Annual report of the Punjab Veterinary College and of the Civil Veterinary Department, Punjab - 1909-1919
Year: 1909
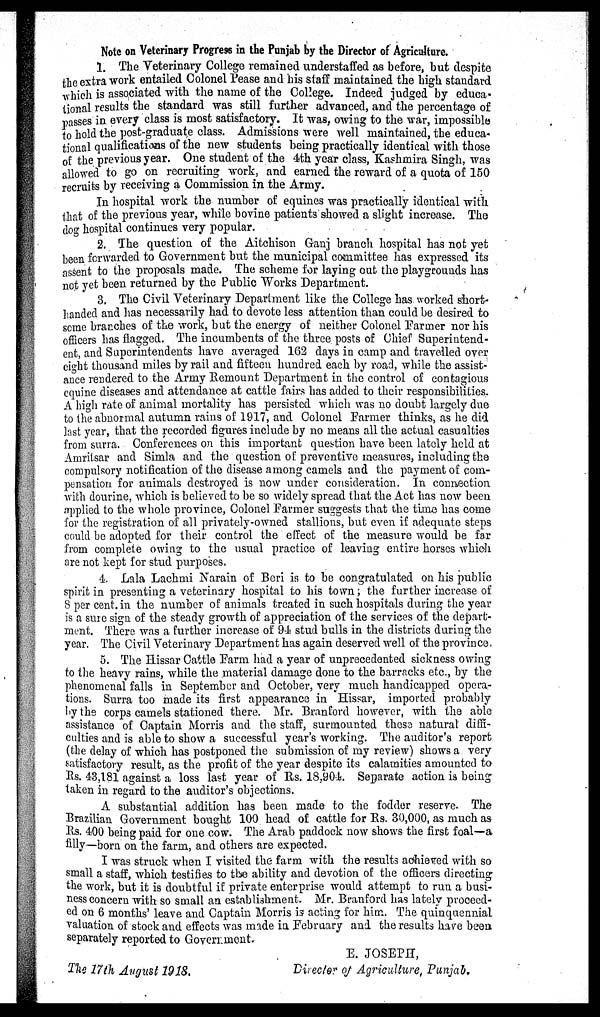
Note on Veterinary Progress in the Punjab by the Director of Agriculture.
1. The Veterinary College remained understaffed as before, but despite
the extra work entailed Colonel Pease and his staff maintained the high standard
which is associated with the name of the College. Indeed judged by educa-
tional results the standard was still further advanced, and the percentage of
passes in every class is most satisfactory. It was, owing to the war, impossible
to hold the post-graduate class. Admissions were well maintained, the educa-
tional qualifications of the new students being practically identical with those
of the previous year. One student of the 4th year class, Kashmira Singh, was
allowed to go on recruiting work, and earned the reward of a quota of 150
recruits by receiving a Commission in the Army.
In hospital work the number of equines was practically identical with
that of the previous year, while bovine patients showed a slight increase. The
dog hospital continues very popular.
2. The question of the Aitchison Ganj branch hospital has not yet
been forwarded to Government but the municipal committee has expressed its
assent to the proposals made. The scheme for laying out the playgrounds has
not yet been returned by the Public Works Department.
3. The Civil Veterinary Department like the College has worked short-
handed and has necessarily had to devote less attention than could be desired to
some branches of the work, but the energy of neither Colonel Farmer nor his
officers has flagged. The incumbents of the three posts of Chief Superintend-
ent, and Superintendents have averaged 162 days in camp and travelled over
eight thousand miles by rail and fifteen hundred each by road, while the assist-
ance rendered to the Army Remount Department in the control of contagious
equine diseases and attendance at cattle fairs has added to their responsibilities.
A high rate of animal mortality has persisted which was no doubt largely due
to the abnormal autumn rains of 1917, and Colonel Farmer thinks, as he did
last year, that the recorded figures include by no means all the actual casualties
from surra. Conferences on this important question have been lately held at
Amritsar and Simla and the question of preventive measures, including the
compulsory notification of the disease among camels and the payment of com-
pensation for animals destroyed is now under consideration. In connection
with dourine, which is believed to be so widely spread that the Act has now been
applied to the whole province, Colonel Farmer suggests that the time has come
for the registration of all privately-owned stallions, but even if adequate steps
could be adopted for their control the effect of the measure would be far
from complete owing to the usual practice of leaving entire horses which
are not kept for stud purposes.
4. Lala Lachmi Narain of Beri is to be congratulated on his public
spirit in presenting a veterinary hospital to his town; the further increase of
8 per cent. in the number of animals treated in such hospitals during the year
is a sure sign of the steady growth of appreciation of the services of the depart-
ment. There was a further increase of 94 stud bulls in the districts during the
year. The Civil Veterinary Department has again deserved well of the province.
5. The Hissar Cattle Farm had a year of unprecedented sickness owing
to the heavy rains, while the material damage done to the barracks etc., by the
phenomenal falls in September and October, very much handicapped opera-
tions. Surra too made its first appearance in Hissar, imported probably
by the corps camels stationed there. Mr. Branford however, with the able
assistance of Captain Morris and the staff, surmounted those natural diffi-
culties and is able to show a successful year's working. The auditor's report
(the delay of which has postponed the submission of my review) shows a very
satisfactory result, as the profit of the year despite its calamities amounted to
Rs. 43,181 against a loss last year of Rs. 18,904. Separate action is being
taken in regard to the auditor's objections.
A substantial addition has been made to the fodder reserve. The
Brazilian Government bought 100 head of cattle for Rs. 30,000, as much as
Rs. 400 being paid for one cow. The Arab paddock now shows the first foal—a
filly—born on the farm, and others are expected.
I was struck when I visited the farm with the results achieved with so
small a staff, which testifies to the ability and devotion of the officers directing
the work, but it is doubtful if private enterprise would attempt to run a busi-
ness concern with so small an establishment. Mr. Branford has lately proceed-
ed on 6 months' leave and Captain Morris is acting for him. The quinquennial
valuation of stock and effects was made in February and the results have been
separately reported to Government.
The 17th August 1918.
E. JOSEPH,
Directer of Agriculture, Punjab.